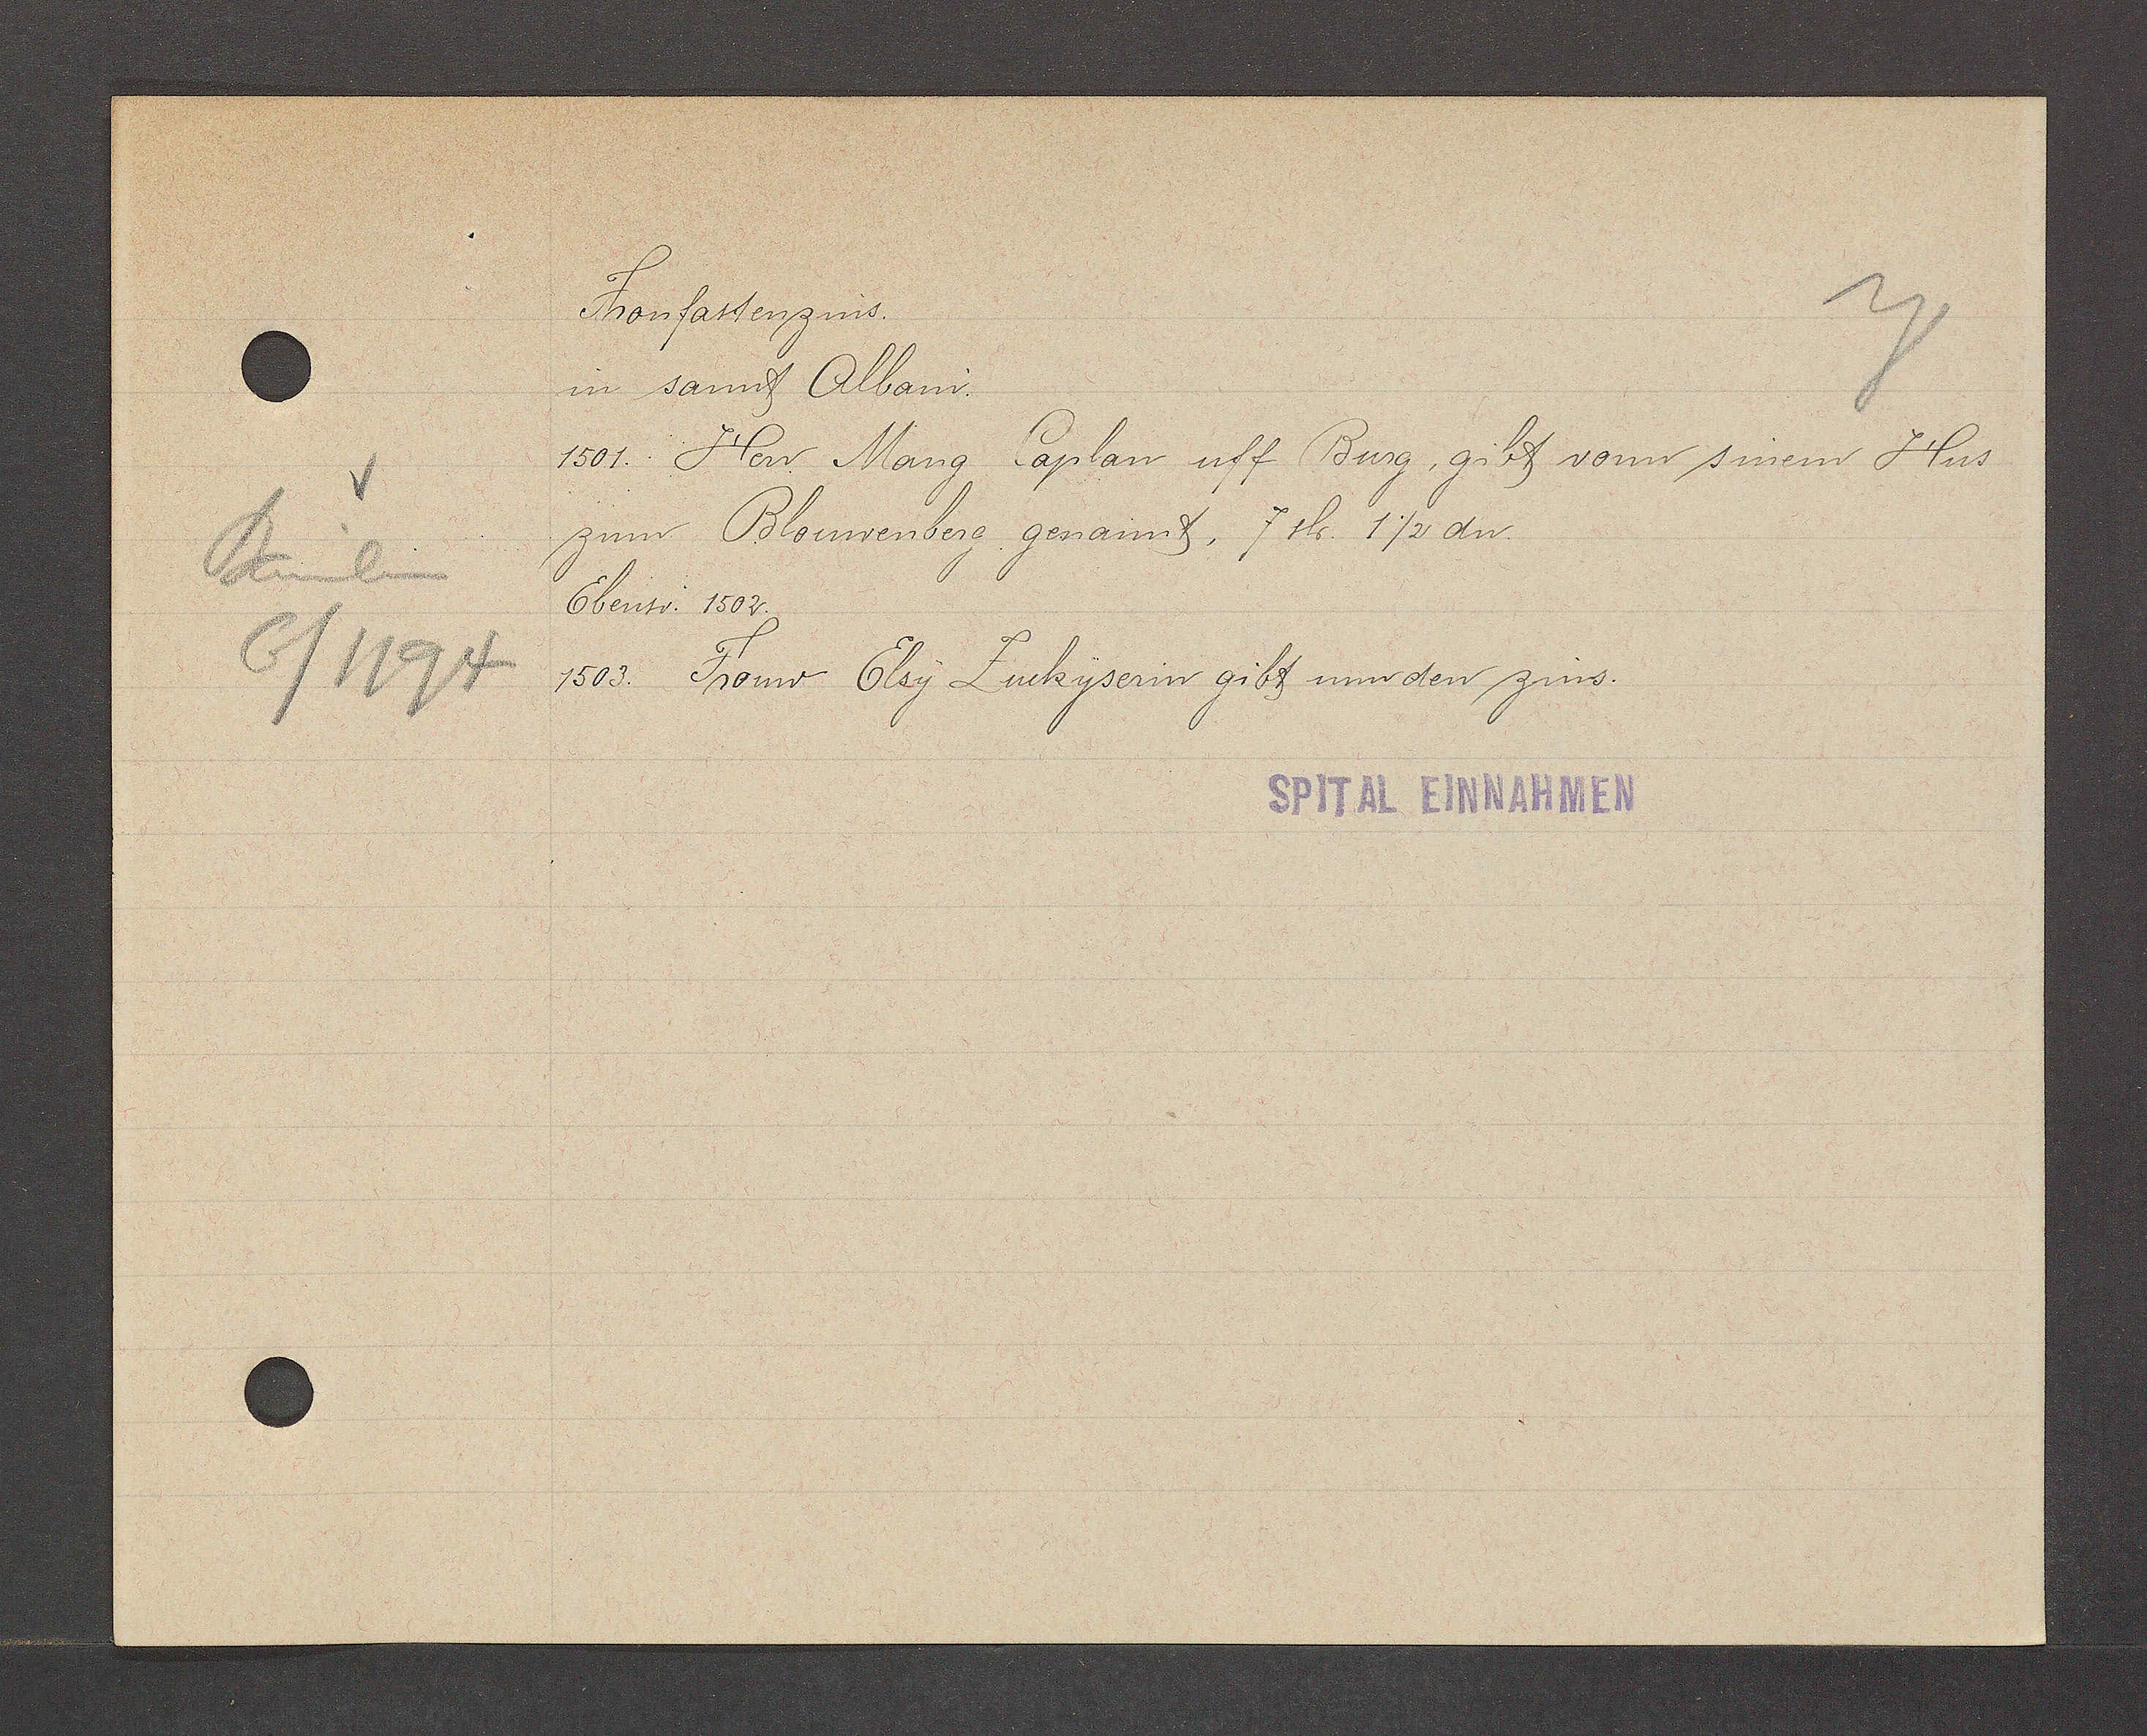
Transcript:
Bäumlein
6/1194

Fronfastenzins.

in sannt Albani.
1501. Herr Mang Caplan uff Burg, gibt vonn sinem Hus
zum Blouwenberg genannt, 7 sh. 1½ dn
Ebenso: 1502.
1503. Frouw Elsy Zuckyserin gibt nun den zins.

SPITAL EINNAHMEN